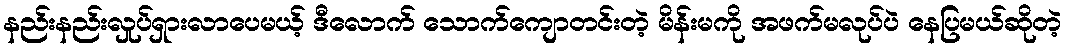
နည်းနည်းလှုပ်ရှားလာပေမယ့် ဒီလောက် သောက်ကျောတင်းတဲ့ မိန်းမကို အဖက်မလုပ်ပဲ နေပြမယ်ဆိုတဲ့